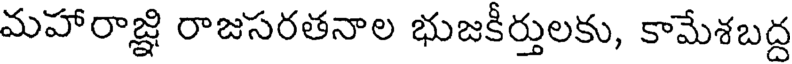
మహారాజ్ఞి రాజసరతనాల భుజకీర్తులకు, కామేశబద్ద